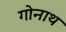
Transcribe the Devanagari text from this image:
गोनाथ